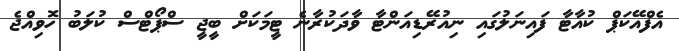
އެފްއޭކަޕް ކުއާޓާ ފައިނަލުގައި ނިއުރޭޑިއަންޓާ ވާދަކުރާނެ ޓީމަކަށް ބީޖީ ސްޕޯޓްސް ކުލަބު ހޮވިއްޖެ